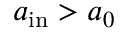
a _ { \mathrm { i n } } > a _ { 0 }